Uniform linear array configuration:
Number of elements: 8
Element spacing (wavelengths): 0.25
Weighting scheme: hann
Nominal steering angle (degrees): -60
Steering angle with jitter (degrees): -58.936
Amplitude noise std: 0.05
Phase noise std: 0.05

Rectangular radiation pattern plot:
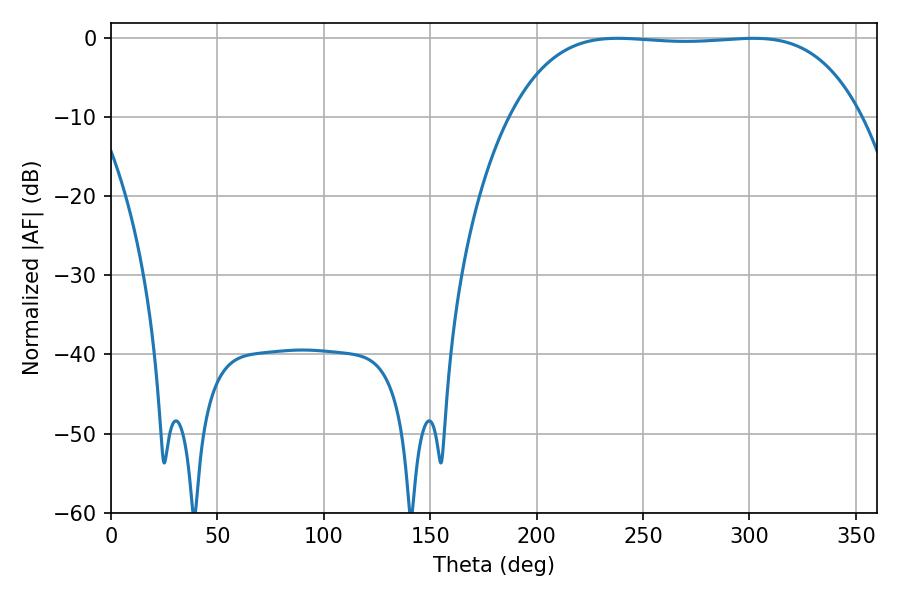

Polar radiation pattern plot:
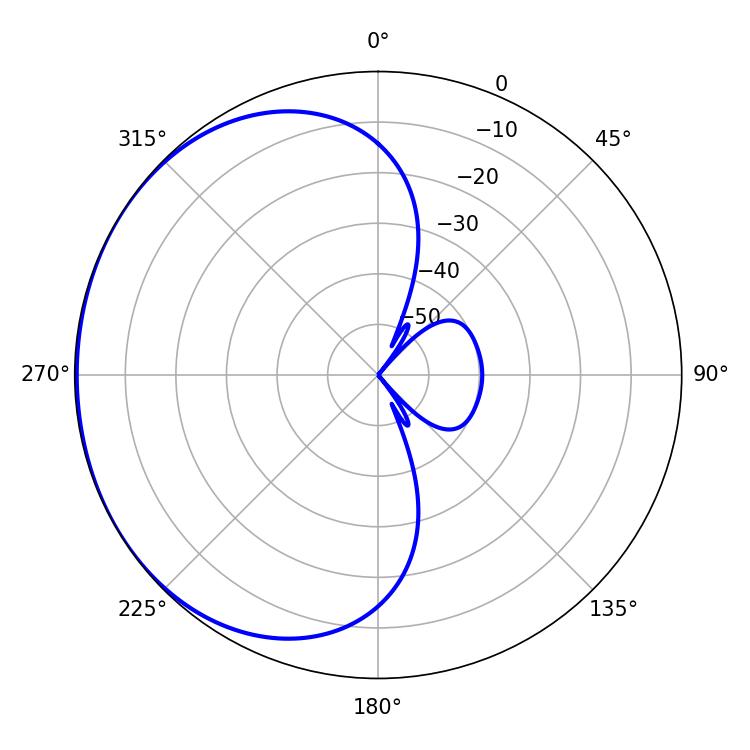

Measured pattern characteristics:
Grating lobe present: FALSE
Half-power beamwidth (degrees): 128.52
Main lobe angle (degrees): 238.14